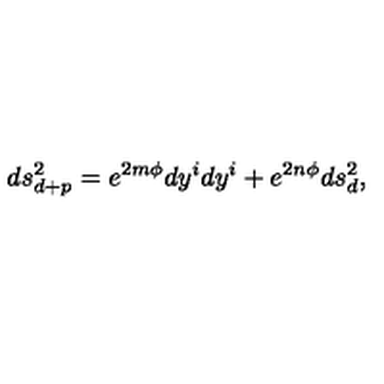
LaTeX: d s _ { d + p } ^ { 2 } = e ^ { 2 m \phi } d y ^ { i } d y ^ { i } + e ^ { 2 n \phi } d s _ { d } ^ { 2 } ,